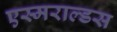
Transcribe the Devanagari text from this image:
एस्मराल्डस